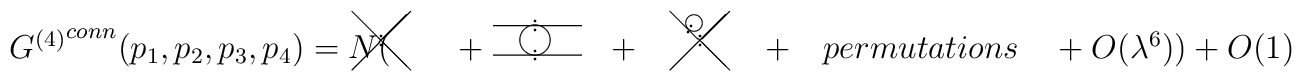
\setlength{\unitlength}{1.5mm}\begin{picture}(110,10)\put(5,5){${G^{(4)}}^{conn}(p_{1},p_{2},p_{3},p_{4})=N($}\put(34,9){\line(1,-1){5}}\put(34,4){\line(1,1){5}}\put(36.5,6.85){\circle*{0.3}}\put(36.5,6.15){\circle*{0.3}}\put(43,5){$+$}\put(46,7.75){\line(1,0){7.5}}\put(46,5.25){\line(1,0){7.5}}\put(49.5,8.1){\circle*{0.3}}\put(49.5,7.4){\circle*{0.3}}\put(49.5,5.6){\circle*{0.3}}\put(49.5,4.9){\circle*{0.3}}\put(49.5,6.5){\circle{2.5}}\put(56,5){$+$}\put(61,9){\line(1,-1){5}}\put(61,4){\line(1,1){5}}\put(63.5,6.85){\circle*{0.3}}\put(63.5,6.15){\circle*{0.3}}\put(62.75,7.7){\circle*{0.3}}\put(62.45,7.2){\circle*{0.3}}\put(63,8){\circle{1.5}}\put(69,5){$+\quad permutations\quad +O(\lambda^{6}))+O(1).$}\end{picture}